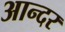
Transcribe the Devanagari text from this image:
आन्दर